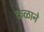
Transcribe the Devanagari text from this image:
कळाने